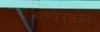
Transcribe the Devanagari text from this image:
मथाउस